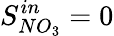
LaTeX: S_{NO_{3}}^{in}=0